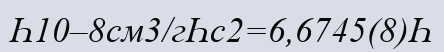
Һ10–8см3/гҺс2=6,6745(8)Һ